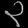
Digit: ၃